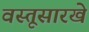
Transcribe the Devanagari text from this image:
वस्तूसारखे